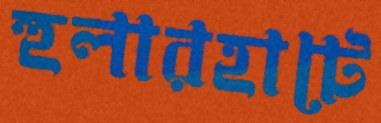
হুলারহাটে